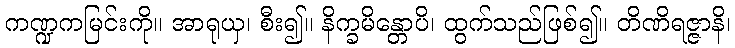
ကဏ္ဍကမြင်းကို။ အာရုယှ၊ စီး၍။ နိက္ခမိန္တောပိ၊ ထွက်သည်ဖြစ်၍။ တိဏိရဇ္ဇာနိ၊